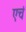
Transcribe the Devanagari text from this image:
एचं